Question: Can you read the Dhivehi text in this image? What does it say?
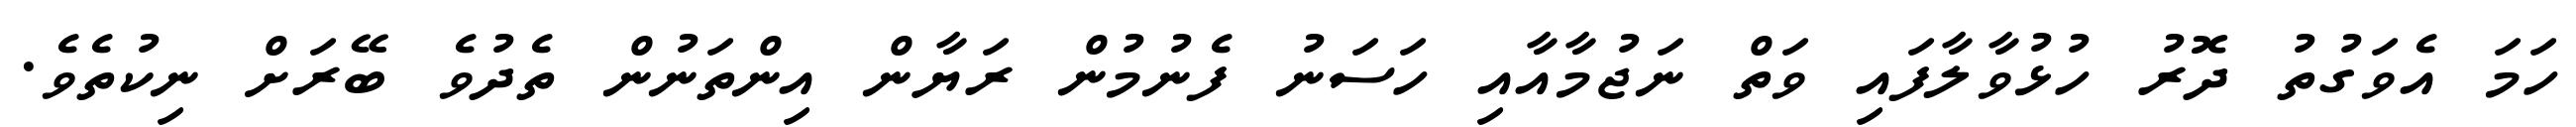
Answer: ހަމަ އެވަގުތު ދޮރު ހުޅުވާލާފައި ވަތް ނަޖުމާއާއި ހަސަނު ފެނުމުން ރަޔާން އިންތަނުން ތެދުވެ ބޭރަށް ނިކުތެވެ.